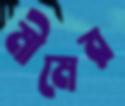
মীমের